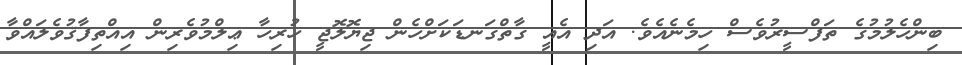
ބިންހެލުމުގެ ތަފްސީރުވެސް ހިމެނެއެވެ. އަދި އެއީ ގާތްގަނޑަކަށްހެން ޖިޔޮލޮޖީ ހުރިހާ ޢިލްމުވެރިން އިއްތިފާޤުވެލައްވާ